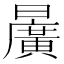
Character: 𣋷